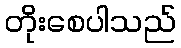
တိုးစေပါသည်